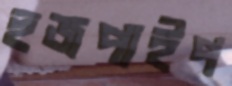
হুজপাইপ